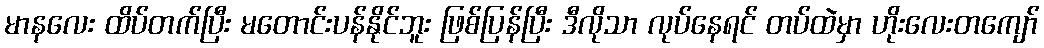
မာနလေး ထိပ်တက်ပြီး မတောင်းပန်နိုင်ဘူး ဖြစ်ပြန်ပြီး ဒီလိုသာ လုပ်နေရင် တပ်ထဲမှာ ဟိုးလေးတကျော်